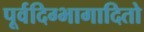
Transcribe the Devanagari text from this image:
पूर्वदिग्भागादितो